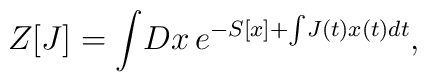
Z[J]=\int\!Dx\,e^{-S[x]+\int\!J(t)x(t)dt},